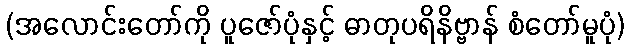
(အလောင်းတော်ကို ပူဇော်ပုံနှင့် ဓာတုပရိနိဗ္ဗာန် စံတော်မူပုံ)